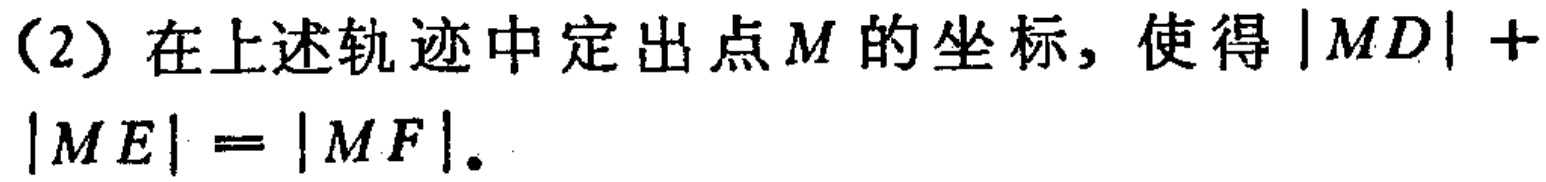
(2) 在上述轨迹中定出点\(M\)的坐标，使得\(\vert MD\vert + \vert ME\vert = \vert MF\vert\)。